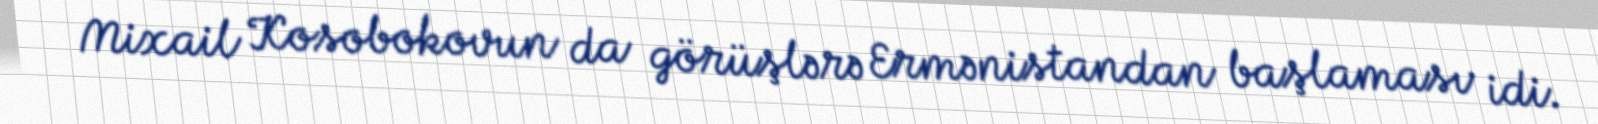
Mixail Kosobokovun da görüşlərə Ermənistandan başlaması idi.